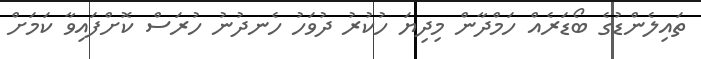
ތައިލެންޑުގެ ބޯޑަރެއް ހަމްދާން މިދިޔަ ހުކުރު ދުވަހު ހެނދުނު ހުރަސް ކޮށްފައިވާ ކަމަށް